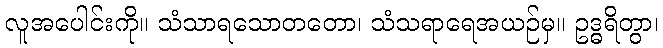
လူအပေါင်းကို။ သံသာရသောတတော၊ သံသရာရေအယဉ်မှ။ ဥဒ္ဓရိတွာ၊